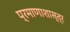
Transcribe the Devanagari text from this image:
प्रमाणाशास्त्र